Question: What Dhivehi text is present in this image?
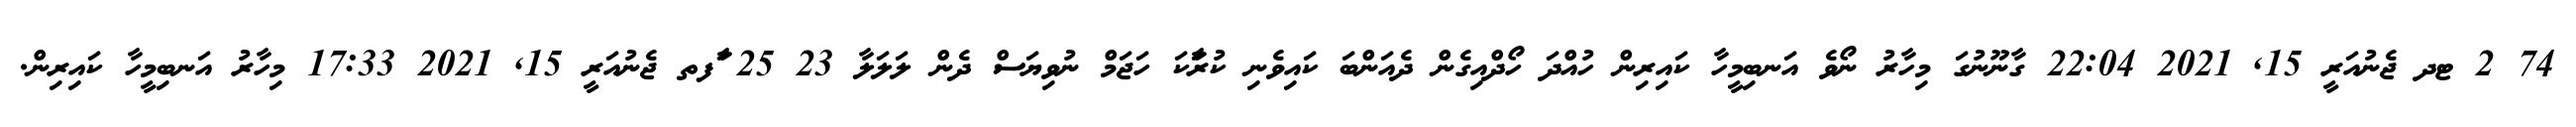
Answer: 74 2 ޓދ ޖެނުއަރީ 15, 2021 22:04 ގާނޫނުގަ މިހާރު ނޯވެ އަނބިމީހާ ކައިރިން ހުއްދަ ހޯދްއިގެން ދެއަންބަ ކައިވެނި ކުރަާކަ ހަޖަމް ނުވިޔަސް ދެން ލަލަލާ 23 25 ާަފތ ޖެނުއަރީ 15, 2021 17:33 މިހާރު އަނބިމީހާ ކައިރިން.